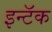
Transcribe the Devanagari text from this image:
इन्टॅक